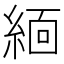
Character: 𬗟